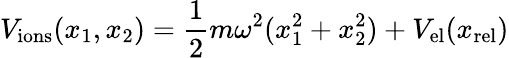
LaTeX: V_{\mathrm{ions}}(x_{1},x_{2})=\frac{1}{2}m\omega^{2}(x_{1}^{2}+x_{2}^{2})+V_{\mathrm{el}}(x_{\mathrm{rel}})